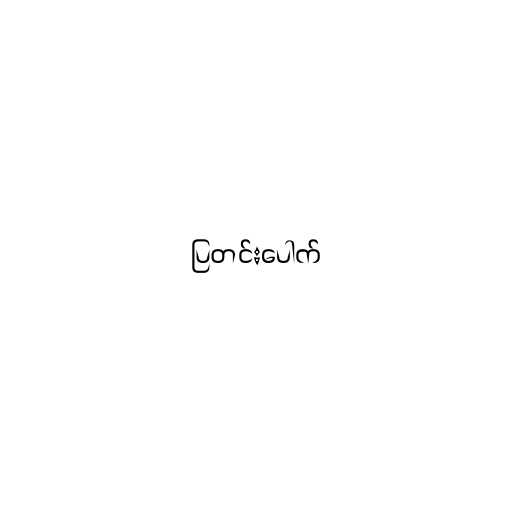
ပြတင်းပေါက်